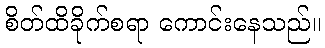
စိတ်ထိခိုက်စရာ ကောင်းနေသည်။